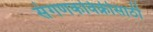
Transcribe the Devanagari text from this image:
संगणकविक्रीसाठी